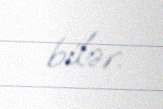
bilər.